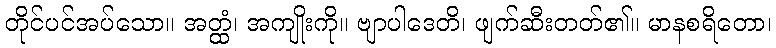
တိုင်ပင်အပ်သော။ အတ္ထံ၊ အကျိုးကို။ ဗျာပါဒေတိ၊ ဖျက်ဆီးတတ်၏။ မာနစရိတော၊